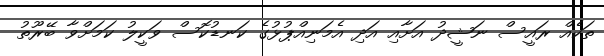
ތަކެއް ރައީސް ނަޝީދު އަށާއި އަދި އެމަނިއްޕުޅުގެ ކަނޑުކޮސް ވަކީލު ކަމަށްވާ ބޭރޫތު